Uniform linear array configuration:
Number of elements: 64
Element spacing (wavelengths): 0.5
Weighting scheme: kaiser
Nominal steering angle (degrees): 45
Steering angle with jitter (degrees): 43.753
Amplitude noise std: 0.05
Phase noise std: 0.05

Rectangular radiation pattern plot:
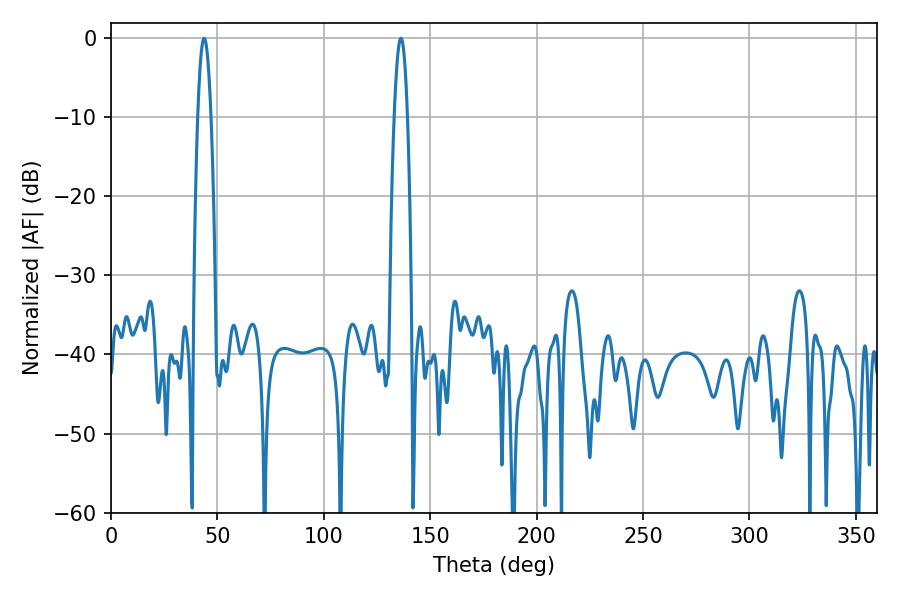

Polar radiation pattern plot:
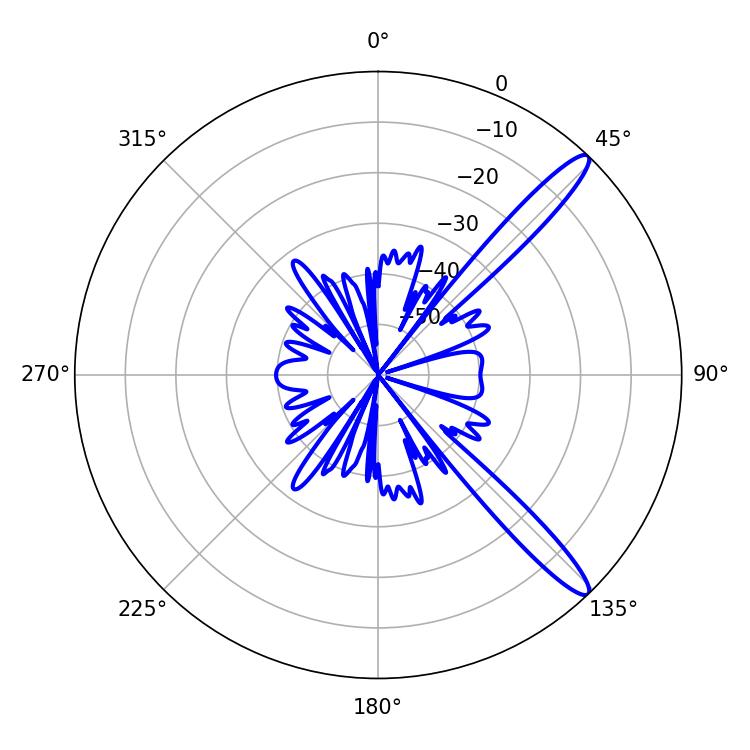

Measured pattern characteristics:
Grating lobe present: FALSE
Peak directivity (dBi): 13.467
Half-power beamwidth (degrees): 3.42
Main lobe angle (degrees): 43.74